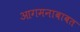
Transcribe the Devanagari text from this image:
आगमनाबाबत